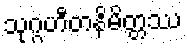
သုဂ္ဂဟီတနိမိတ္တဿ